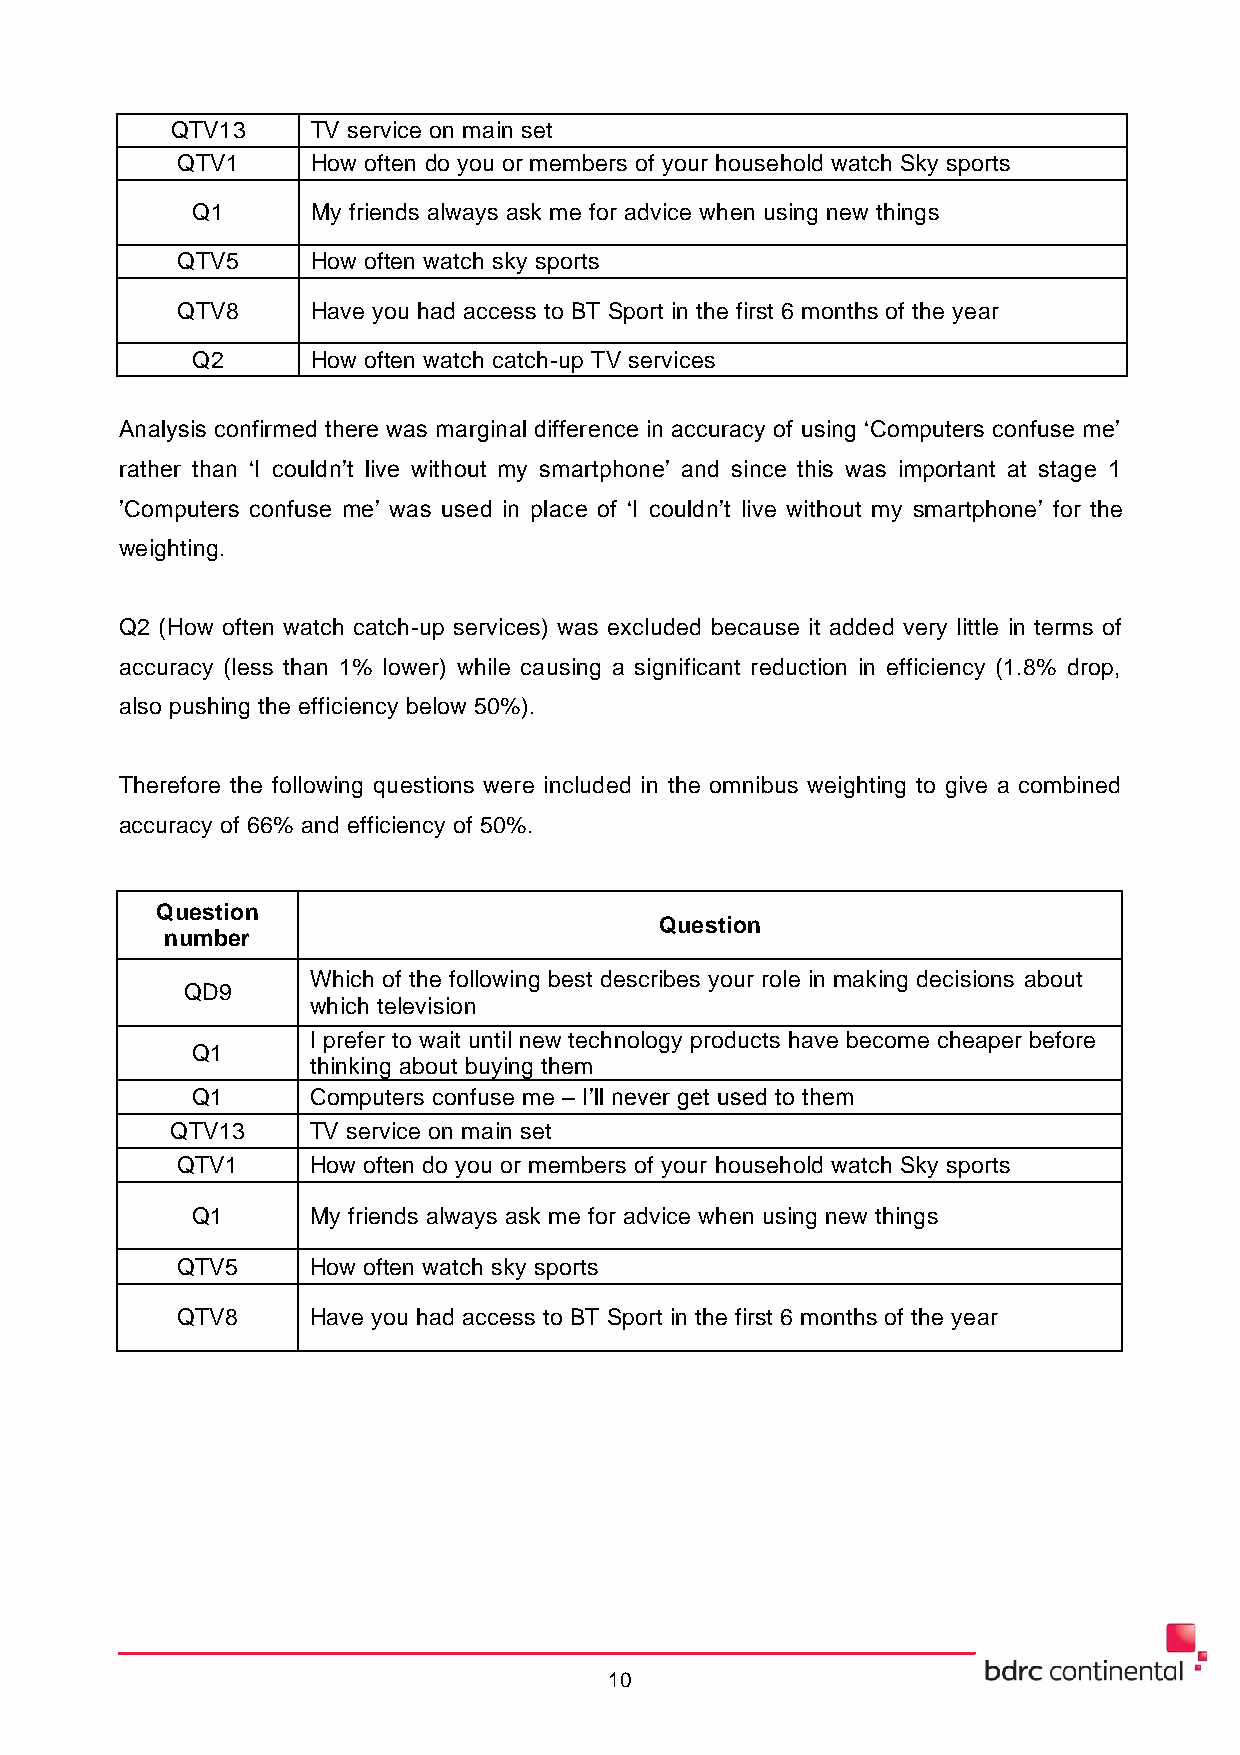
QTV13     TV service on main set
 QTV1     How often do you or members of your household watch Sky sports
 Q1      My friends always ask me for advice when using new things
 QTV5     How often watch sky sports
 QTV8     Have you had access to BT Sport in the first 6 months of the year
 Q2      How often watch catch-up TV services
 Analysis confirmed there was marginal difference in accuracy of using ‘Computers confuse me’
 rather than ‘I couldn’t live without my smartphone’ and since this was important at stage 1
 ’Computers confuse me’ was used in place of ‘I couldn’t live without my smartphone’ for the
 weighting.
 Q2 (How often watch catch-up services) was excluded because it added very little in terms of
 accuracy (less than 1% lower) while causing a significant reduction in efficiency (1.8% drop,
 also pushing the efficiency below 50%).
 Therefore the following questions were included in the omnibus weighting to give a combined
 accuracy of 66% and efficiency of 50%.
 Question
 Question
 number
 Which of the following best describes your role in making decisions about
 QD9
 which television
 I prefer to wait until new technology products have become cheaper before
 Q1
 thinking about buying them
 Q1     Computers confuse me – I’ll never get used to them
 QTV13    TV service on main set
 QTV1    How often do you or members of your household watch Sky sports
 Q1     My friends always ask me for advice when using new things
 QTV5    How often watch sky sports
 QTV8    Have you had access to BT Sport in the first 6 months of the year
 10